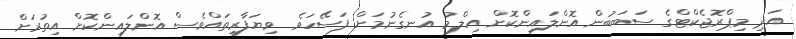
އަދި މިޕްރޮޖެކްޓްގެ ސަބަބުން އޮންލައިންކޮށް އިލްމު އުނގެނުމަށް ފަސޭހަވެ ވިޔަފާރިތައްވެސް އޮންލައިންކޮށް އިތުރަށް